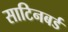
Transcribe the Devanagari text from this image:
साटिनबर्ड